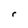
Character: r